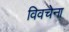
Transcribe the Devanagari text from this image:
विवचेना